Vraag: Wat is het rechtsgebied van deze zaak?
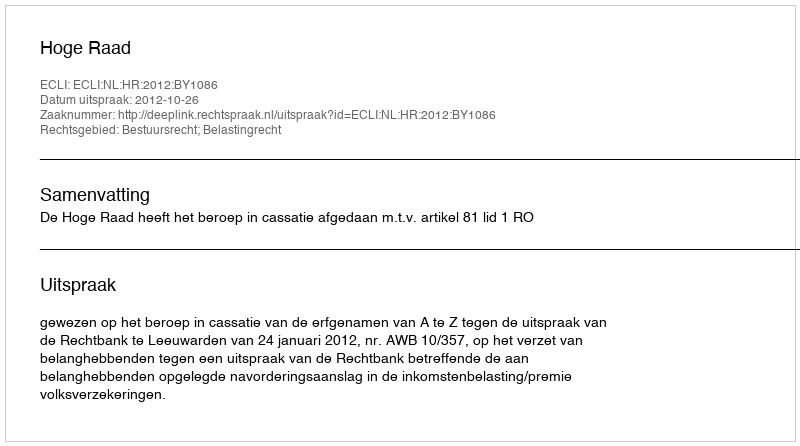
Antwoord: Bestuursrecht; Belastingrecht